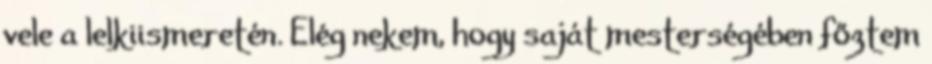
vele a lelkiismeretén. Elég nekem, hogy saját mesterségében főztem